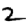
Digit: 2